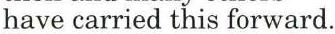
have carried this forward.